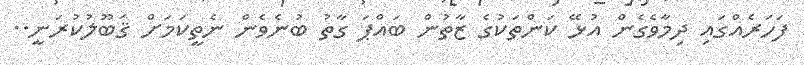
ފަހަރެއްގައި ދިމާވެގެން އުޅޭ ކަންތަކުގެ ޒާތުން ބައްޕަ ގާތު ބުނެވެން ނެތީކަމަށް ޤަބޫލުކުރަނީ..